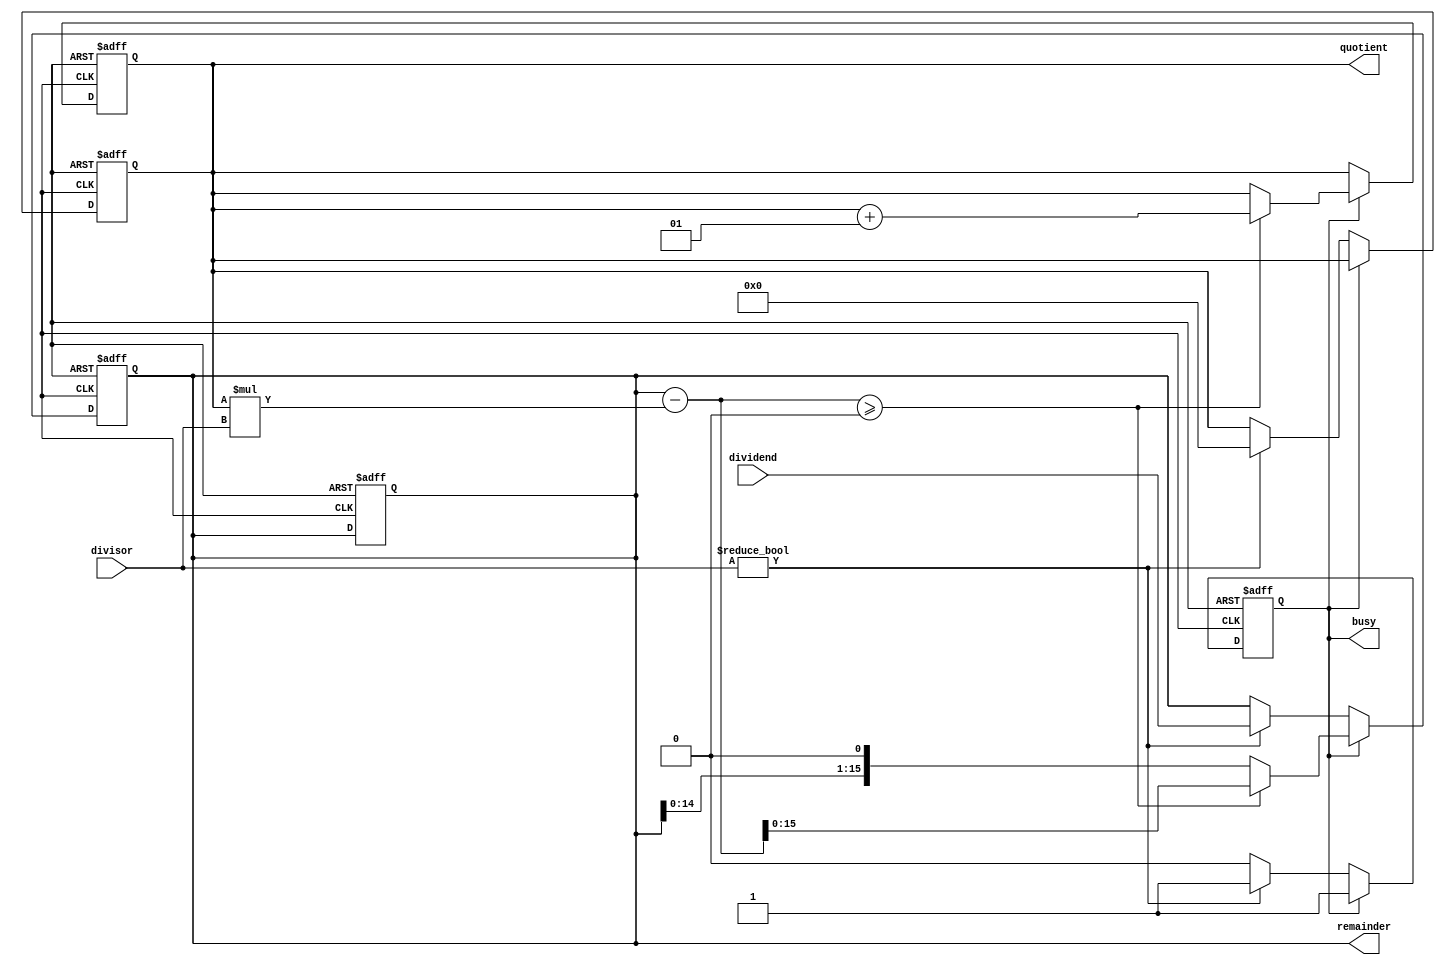
module srt_divider (
    input signed [15:0] dividend,
    input signed [15:0] divisor,
    output reg signed [15:0] quotient,
    output reg signed [15:0] remainder,
    output reg busy
);

reg signed [15:0] partial_quotient;
reg signed [15:0] partial_remainder;
wire signed [31:0] temp_remainder;

always @(posedge clk or negedge reset) begin
    if (!reset) begin
        busy <= 0;
        partial_quotient <= 0;
        partial_remainder <= 0;
        quotient <= 0;
        remainder <= 0;
    end else begin
        if (busy) begin
            if (temp_remainder >= 0) begin
                partial_quotient <= partial_quotient + 1;
                partial_remainder <= temp_remainder;
            end else begin
                partial_remainder <= partial_remainder << 1;
            end
        end
        else if (divisor != 0) begin
            busy <= 1;
            partial_remainder <= dividend;
            quotient <= 0;
        end
    end
end

assign temp_remainder = partial_remainder - (partial_quotient * divisor);
assign quotient = partial_quotient;
assign remainder = partial_remainder;

endmodule